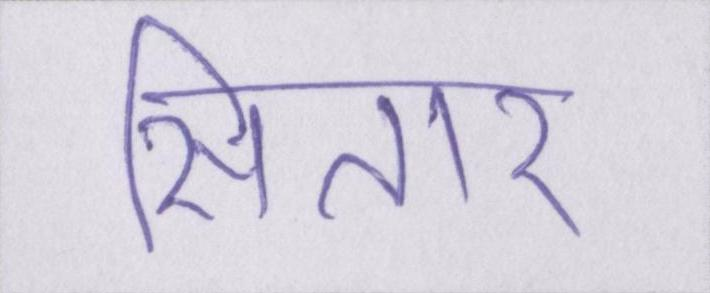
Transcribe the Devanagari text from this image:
सितार